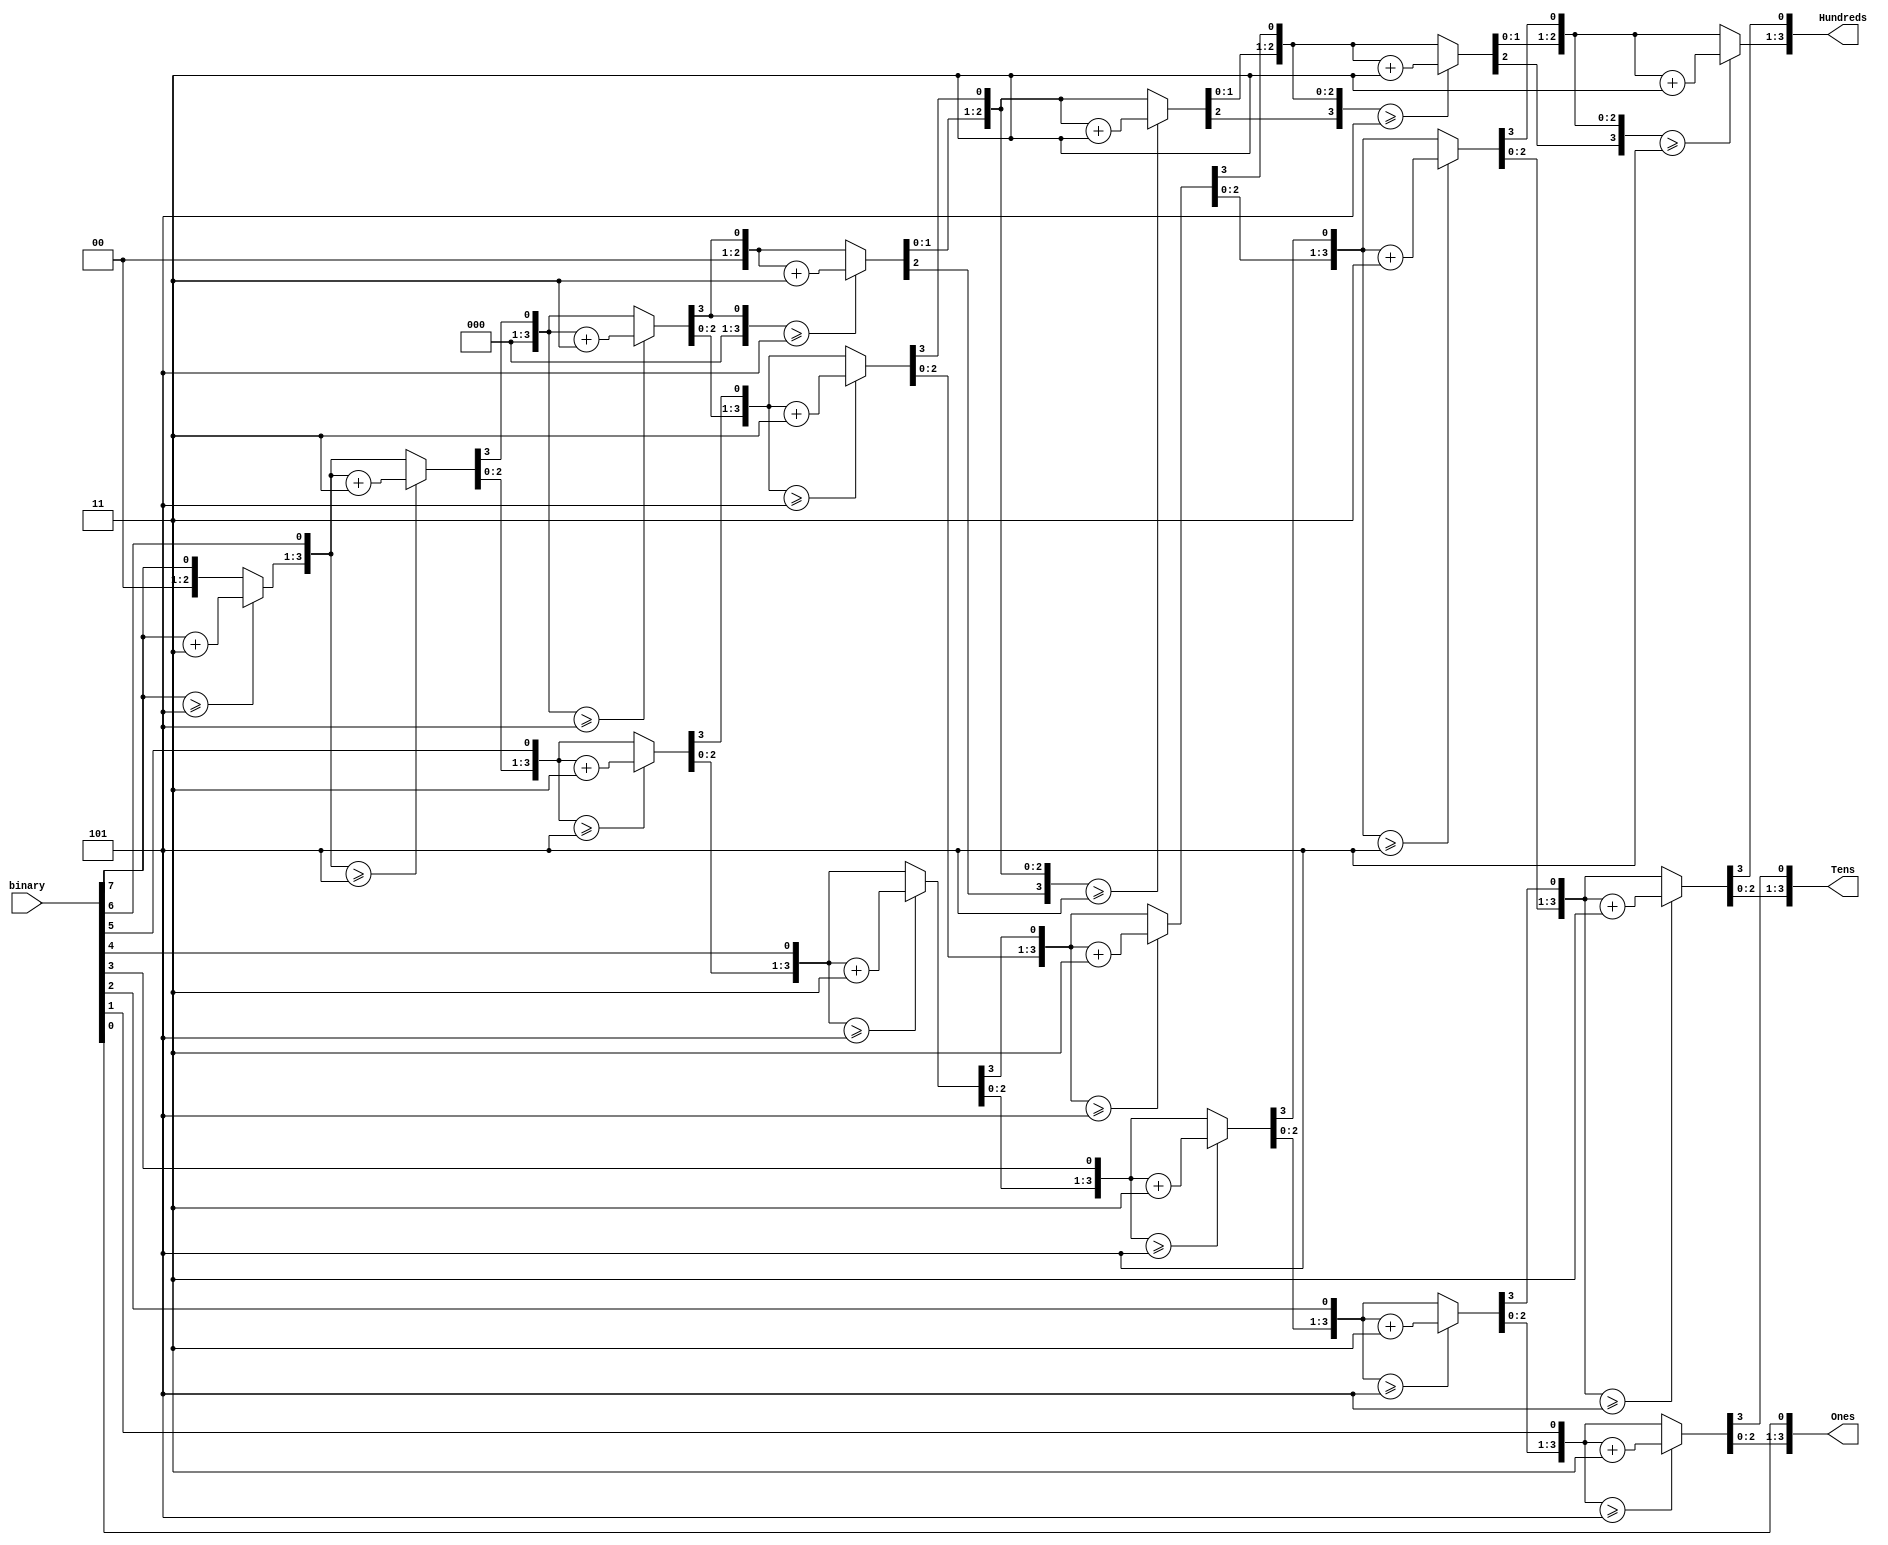
`timescale 1ns / 1ps

module BCD(binary, Hundreds, Tens, Ones);
	input  [7:0] binary;
	output reg [3:0] Hundreds, Tens, Ones;

	integer i;
	always @(binary) begin
			Hundreds = 4'd0;
			Tens = 4'd0;
			Ones = 4'd0;

			for (i=7; i>=0; i=i-1) begin
				if (Hundreds >= 5)
					Hundreds = Hundreds+3;
				if (Tens >= 5)
					Tens = Tens+3;
				if (Ones >= 5)
					Ones = Ones+3;

				Hundreds = Hundreds << 1;
				Hundreds[0] = Tens[3];
				Tens = Tens << 1;
				Tens[0] = Ones[3];
				Ones = Ones << 1;
				Ones[0] = binary[i];
			end
	end

endmodule